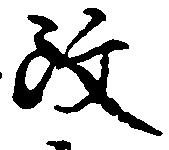
改